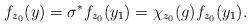
LaTeX: \begin{align*}f_{z_0}(y)=\sigma^*f_{z_0}(y_1)=\chi_{z_{0}}(g)f_{z_0}(y_1).\end{align*}